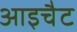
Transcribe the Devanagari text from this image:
आइचैट